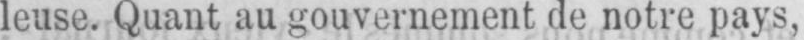
leuse. Quant au gouvernement de notre pays,